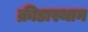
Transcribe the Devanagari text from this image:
क्रीडास्थान